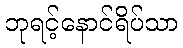
ဘုရင့်နောင်ရိပ်သာ